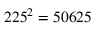
2 2 5 ^ { 2 } = 5 0 6 2 5